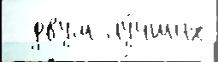
  двум лу́чших